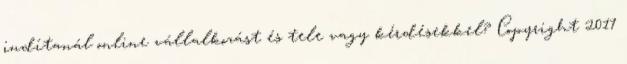
indítanál online vállalkozást és tele vagy kérdésekkel? Copyright 2017